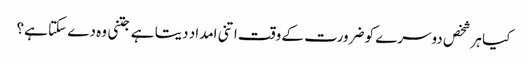
کیا ہر شخص دوسرے کو ضرورت کے وقت اتنی امداد دیتا ہے جتنی وہ دے سکتا ہے؟